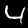
Label: 4